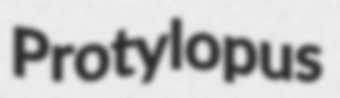
Protylopus